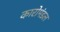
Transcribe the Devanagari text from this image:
कारोमंडल